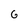
Character: G